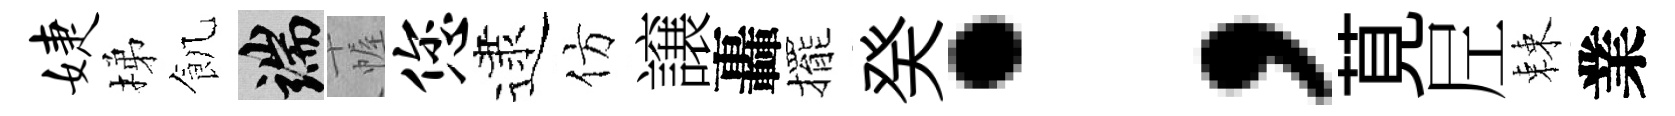
婕梯飢端幄您逮仿譲轟擺癸；莧𡰱棘業